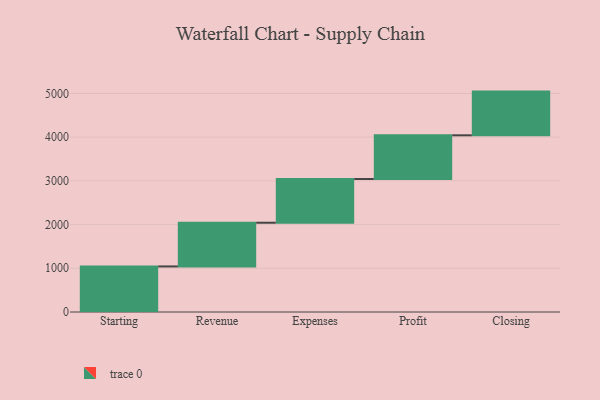
{"axis": {"x": "Step", "y": "Value"}, "legend": [""], "data": [{"x": "Starting", "y": 1042.0, "type": ""}, {"x": "Revenue", "y": 1000, "type": ""}, {"x": "Expenses", "y": 1000, "type": ""}, {"x": "Profit", "y": 1000, "type": ""}, {"x": "Closing", "y": 1000, "type": ""}]}